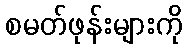
စမတ်ဖုန်းများကို